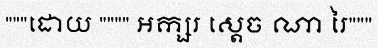
"""ដោយ """" អក្សរ ស្តេច ណា រៃ"""